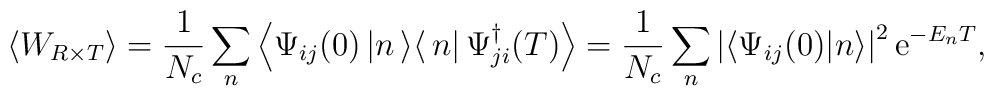
\left<W_{R\times T}\right>=\frac{1}{N_c}\sum\limits_n^{} \left<\Psi_{ij}(0)\left|n\left>\right<n\right|\Psi_{ji}^\dagger(T)\right>=\frac{1}{N_c}\sum\limits_n^{}\left|\left<\Psi_{ij}(0)|n\right>\right|^2{\rm e}^{-E_nT},